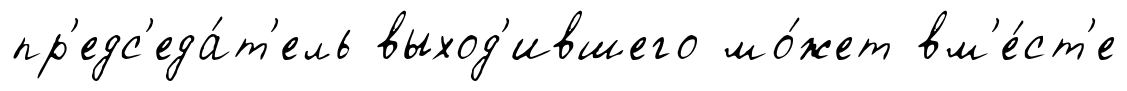
пр'едс'еда́т'ель выход'ившего мо́жет вм'е́ст'е